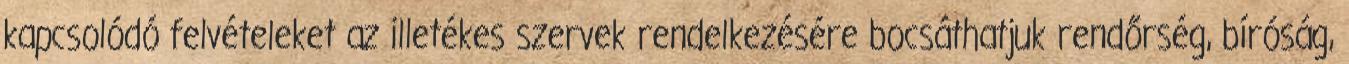
kapcsolódó felvételeket az illetékes szervek rendelkezésére bocsáthatjuk rendőrség, bíróság,